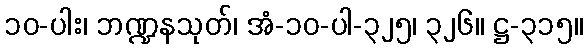
၁၀-ပါး၊ ဘဏ္ဍနသုတ်၊ အံ-၁၀-ပါ-၃၂၅၊ ၃၂၆။ ဋ္ဌ-၃၁၅။